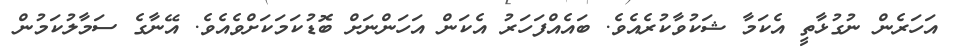
އަހަރެން ނުގުޅާތީ އެކަމާ ޝަކުވާކުރެއެވެ. ބައެއްފަހަރު އެކަން އަހަންނަށް ބޮޑުކަމަކަށްވެއެވެ. އޭނާގެ ސަމާލުކަމުން